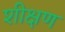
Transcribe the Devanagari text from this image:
शीक्षण